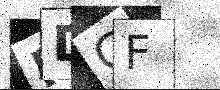
Text: MDGF